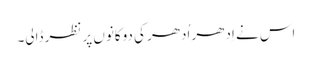
اس نے اِدھر اُدھر کی دوکانوں پر نظر ڈالی۔